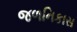
જળનિકાસ